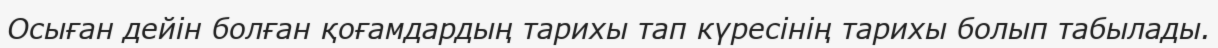
Осыған дейін болған қоғамдардың тарихы тап күресінің тарихы болып табылады.